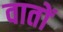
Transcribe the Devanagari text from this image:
वातों